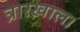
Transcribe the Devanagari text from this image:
त्रारख़ाल।